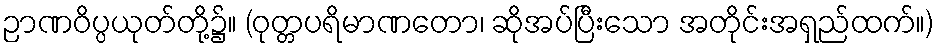
ဉာဏဝိပ္ပယုတ်တို့၌။ (ဝုတ္တပရိမာဏတော၊ ဆိုအပ်ပြီးသော အတိုင်းအရှည်ထက်။)